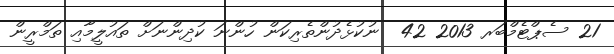
21 ސެޕްޓެމްބަރ 2013 42  ނުކުޅެދުންތެރިކަން ހުންނަ ކުދިންނަށް ތައުލީމާއި ތަމްރީން